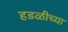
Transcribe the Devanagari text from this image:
हडळीच्या